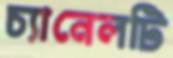
চ্যানেলটি